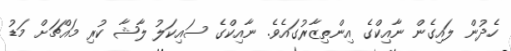
ހެދުން ލައިގެން ނާއިކްގެ އިންތިޒާރުގައެވެ. ނާއިކްގެ ސައިކަލު ލާޝާ ކުރި މައްޗަށް މަޑު